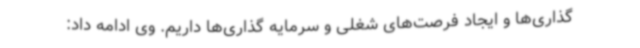
گذاری‌ها و ایجاد فرصت‌های شغلی و سرمایه گذاری‌ها داریم. وی ادامه داد: